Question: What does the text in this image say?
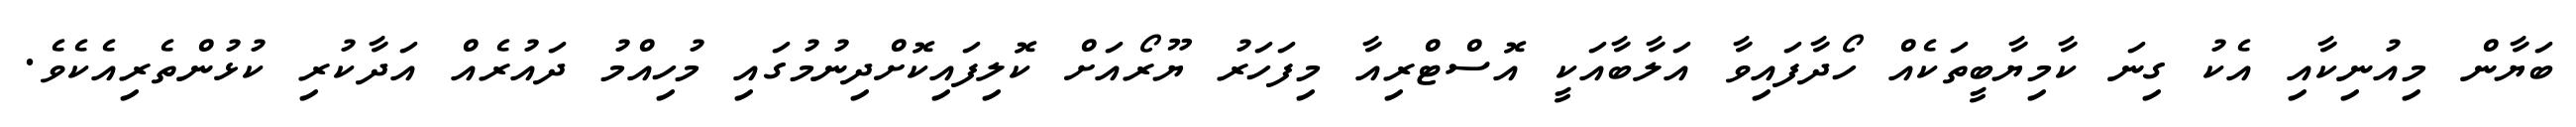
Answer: ބަޔާން މިއުނިކާއި އެކު ގިނަ ކާމިޔާބީތަކެއް ހޯދާފައިވާ އަލާބާއަކީ އޮސްޓްރިއާ މިފަހަރު ޔޫރޯއަށް ކޮލިފައިކޮށްދިނުމުގައި މުހިއްމު ދައުރެއް އަދާކުރި ކުޅުންތެރިއެކެވެ.